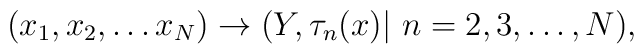
(x_1,x_2,\ldots x_N) \rightarrow (Y, \tau_n (x)|\ n=2,3,\ldots , N),